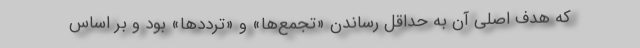
که هدف اصلی آن به حداقل رساندن «تجمع‌ها» و «ترددها» بود و بر اساس